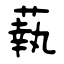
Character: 蓻